Report of the King Institute of Preventive Medicine, Guindy
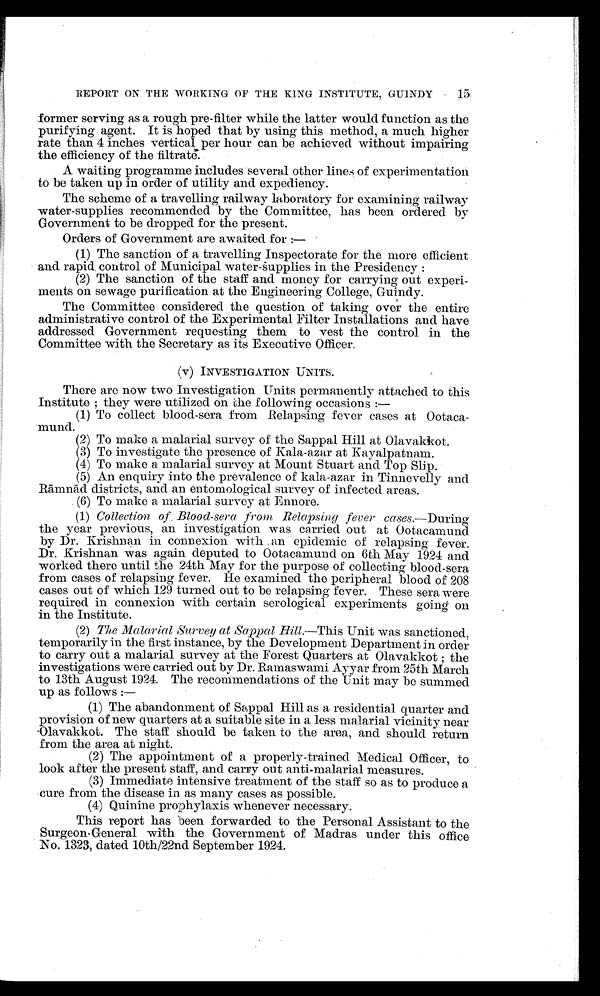
15
REPORT ON THE WORKING OF THE KING INSTITUTE, GUINDY
former serving as a rough pre-filter while the latter would function as the
purifying agent. It is hoped that by using this method, a much higher
rate than 4 inches vertical per hour can be achieved without impairing
the efficiency of the filtrate.
A waiting programme includes several other lines of experimentation
to be taken up in order of utility and expediency.
The scheme of a travelling railway laboratory for examining railway
water-supplies recommended by the Committee, has been ordered by
Government to be dropped for the present.
Orders of Government are awaited for :
—
(1) The sanction of a travelling Inspectorate for the more efficient
and rapid control of Municipal water-supplies in the Presidency :
(2) The sanction of the staff and money for carrying out experi-
ments on sewage purification at the Engineering College, Guindy.
The Committee considered the question of taking over the entire
administrative control of the Experimental Filter Installations and have
addressed Government requesting them to vest the control in the
Committee with the Secretary as its Executive Officer.
(v) INVESTIGATION UNITS.
There are now two Investigation Units permanently attached to this
Institute ; they were utilized on the following occasions :—
(1) To collect blood-sera from Relapsing fever cases at Ootaca
-
mund.
(2) To make a malarial survey of the Sappal Hill at Olavakkot.
(3) To investigate the presence of Kala-azar at Kayalpatnam.
(4) To make a malarial survey at Mount Stuart and Top Slip.
(5) An enquiry into the prevalence of kala-azar in Tinnevelly and
Rāmnā d districts, and an entomological survey of infected areas.
(6) To make a malarial survey at Ennore.
(1) Collection of Blood-sera from Relapsing fever cases .—During
the year previous, an investigation was carried out at Ootacamund
by Dr. Krishnan in connexion with an epidemic of relapsing fever.
Dr. Krishnan was again deputed to Ootacamund on 6th May 1924 and
worked there until the 24th May for the purpose of collecting blood-sera
from cases of relapsing fever. He examined the peripheral blood of 208
cases out of which 129 turned out to be relapsing fever. These sera were
required in connexion with certain serological experiments going on
in the Institute.
(2) The Malarial Survey at Sappal Hill.—This Unit was sanctioned,
temporarily in the first instance, by the Development Department in order
to carry out a malarial survey at the Forest Quarters at Olavakkot ;
investigations were carried out by Dr. Ramaswami Ayyar from 25th arch
to 13th August 1924. The recommendations of the Unit may be summed
up as follows :
—
(1) The abandonment of Sappal Hill as a residential quarter and
provision of new quarters at a suitable site in a less malarial vicinity near
O l a v a k k o t . T h e s t a f f s h o u l d b e t a k e n t o t h e a r e a , a n d s h o u l d r e t u r n
from the area at night.
(2) The appointment of a properly-trained Medical Officer, to
look after the present staff, and carry out anti-malarial measures.
(3) Immediate intensive treatment of the staff so as to produce a
cure from the disease in as many cases as possible.
(4) Quinine prophylaxis whenever necessary.
This report has been forwarded to the Personal Assistant to the
Surgeon-General with the Government of Madras under this office
No. 1323, dated 10th/22nd September 1924.